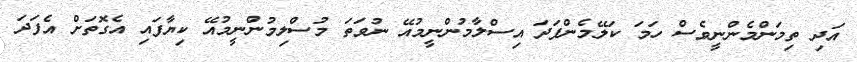
އަދި ތިމަންމެންނީވެސް ހަމަ ކަލޭމެންފަދަ އިސްލާމުންނީމުއޭ ނުވަތަ މުސްލިމުންނީމުއޭ ކިޔާފައި އެގޮތަށް އެފަދަ